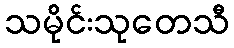
သမိုင်းသုတေသီ